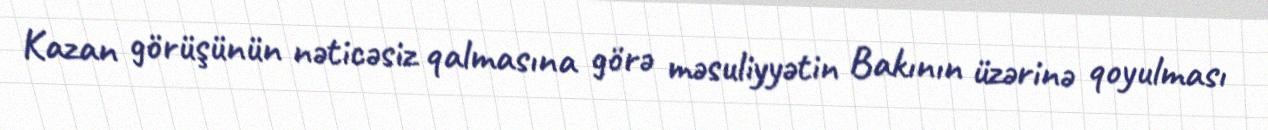
Kazan görüşünün nəticəsiz qalmasına görə məsuliyyətin Bakının üzərinə qoyulması